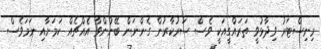
މިނިސްޓަރު ވިދާޅުވީ ތަރައްގީއަކީ ވެސް ސަރުކާރުން ގެންނަން ބޭނުންވާ އެއްޗެއް ކަމަށާއި ނަމަވެސް